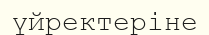
үйректеріне